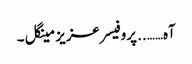
آہ…….. پروفیسر عزیز مینگل ۔